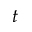
t